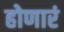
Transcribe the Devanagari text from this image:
होणारं